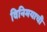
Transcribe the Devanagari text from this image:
विनिमयाची